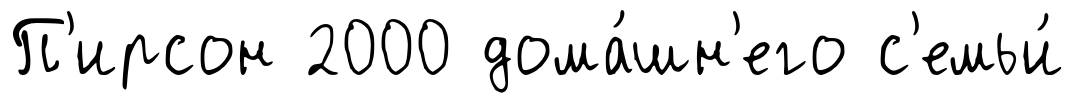
П'ирсон 2000 дома́шн'его с'емьи́